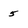
Character: 5